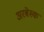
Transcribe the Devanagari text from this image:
अरबेस्क